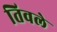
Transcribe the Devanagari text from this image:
तिवले